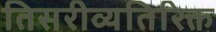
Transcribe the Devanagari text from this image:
तिसरीव्यतिरिक्त